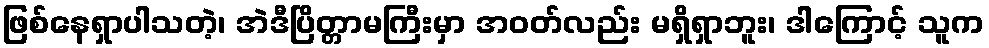
ဖြစ်နေရှာပါသတဲ့၊ အဲဒီပြိတ္တာမကြီးမှာ အဝတ်လည်း မရှိရှာဘူး၊ ဒါကြောင့် သူက